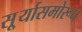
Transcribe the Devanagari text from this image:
सू्र्यासमोरून